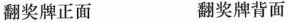
翻奖牌正面 翻奖牌背面